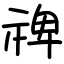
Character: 禆